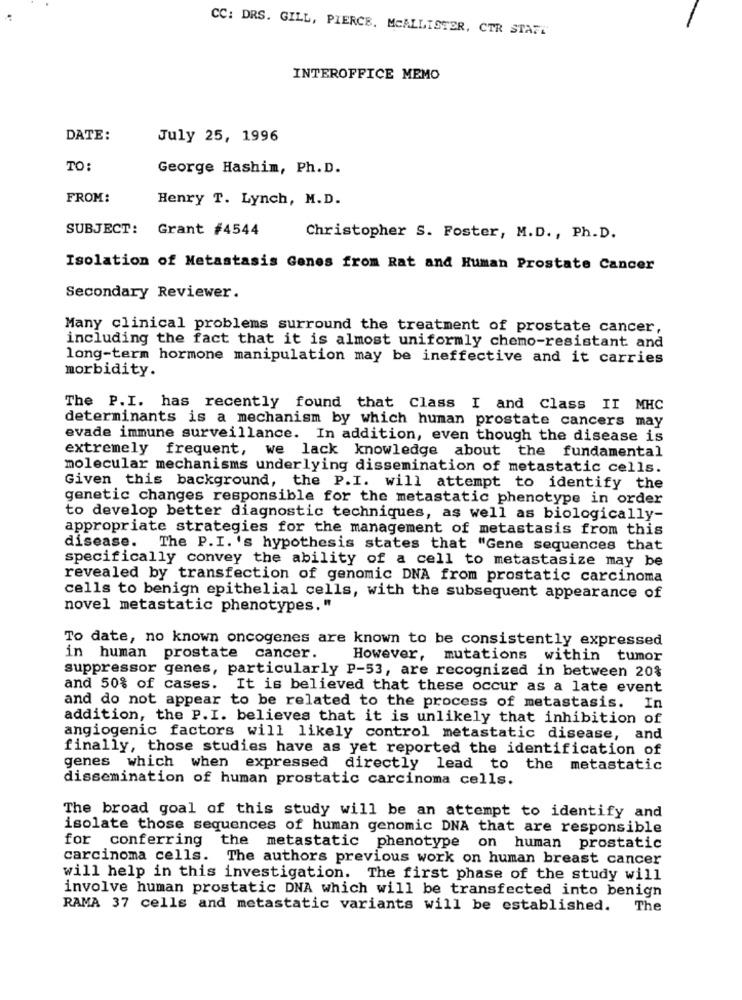
CC: DRS. GILL, PIERCE. MCALLISTER, CTR START'
INTEROFFICE MEMO
DATE:
July 25, 1996
TO:
George Hashim, Ph. D.
FROM:
Henry T. Lynch, M.D.
SUBJECT: Grant #4544
Christopher S. Foster, M.D. , Ph.D.
Isolation of Metastasis Genes from Rat and Human Prostate Cancer
Secondary Reviewer.
Many clinical problems surround the treatment of prostate cancer,
including the fact that it is almost uniformly chemo-resistant and
long-term hormone manipulation may be ineffective and it carries
morbidity.
The P.I. has recently found that Class I and Class II MHC
determinants is a mechanism by which human prostate cancers may
evade immune surveillance. In addition, even though the disease is
extremely frequent, we lack knowledge about the fundamental
molecular mechanisms underlying dissemination of metastatic cells.
Given this background, the P.I. will attempt to identify the
genetic changes responsible for the metastatic phenotype in order
to develop better diagnostic techniques, as well as biologically-
appropriate strategies for the management of metastasis from this
disease. The P.I. 's hypothesis states that "Gene sequences that
specifically convey the ability of a cell to metastasize may be
revealed by transfection of genomic DNA from prostatic carcinoma
cells to benign epithelial cells, with the subsequent appearance of
novel metastatic phenotypes."
To date, no known oncogenes are known to be consistently expressed
in human prostate cancer.
However, mutations within tumor
suppressor genes, particularly P-53, are recognized in between 20%
and 50% of cases. It is believed that these occur as a late event
and do not appear to be related to the process of metastasis.
In
addition, the P.I. believes that it is unlikely that inhibition of
angiogenic factors will likely control metastatic disease, and
finally, those studies have as yet reported the identification of
genes which when
expressed directly lead to the metastatic
dissemination of human prostatic carcinoma cells.
The broad goal of this study will be an attempt to identify and
isolate those sequences of human genomic DNA that are responsible
for conferring
the metastatic phenotype on human prostatic
carcinoma cells. The authors previous work on human breast cancer
will help in this investigation. The first phase of the study will
involve human prostatic DNA which will be transfected into benign
RAMA 37 cells and metastatic variants will be established. The